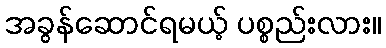
အခွန်ဆောင်ရမယ့် ပစ္စည်းလား။